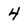
Character: 4